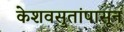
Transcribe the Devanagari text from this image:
केशवसुतांपासून